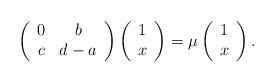
LaTeX: \begin{align*}\left(\begin{array}{cc}0&b \\c&d-a \\\end{array}\right)\left(\begin{array}{c}1 \\x \\\end{array}\right)=\mu\left(\begin{array}{c}1 \\x \\\end{array}\right).\end{align*}